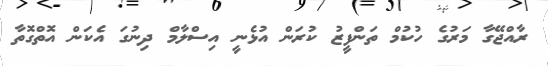
ރާއްޖޭގާ މަރުގެ ހުކުމް ތަންފީޒު ކުރަން އުޅެނީ އިސްލާމް ދިނުގަ އެކަން އޮތްގޮތާ